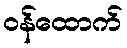
ဝန်ထောက်